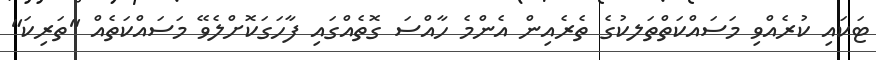
ޓަކައި ކުރެއްވި މަސައްކަތްތަލކުގެ ތެރެއިން އެންމެ ހާއްސަ ގޮތެއްގައި ފާހަގަކޮށްލެވޭ މަސައްކަތެއް "ތަރިކަ"